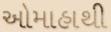
ઓમાહાથી